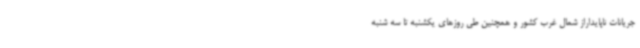
جریانات ناپایداراز شمال غرب کشور و همچنین طی روزهای یکشنبه تا سه شنبه